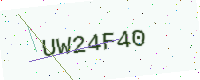
Text: UW24F40